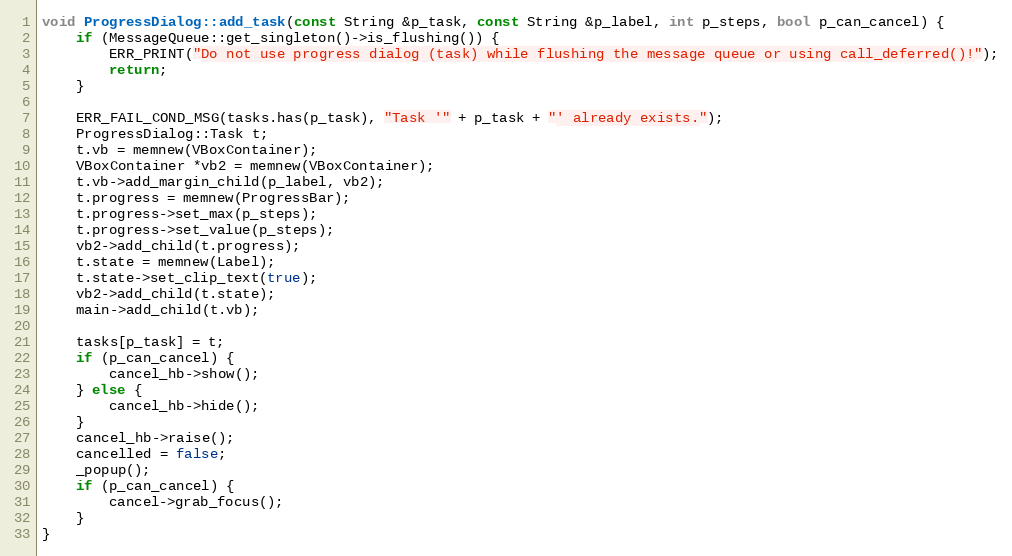
Language: C++
void ProgressDialog::add_task(const String &p_task, const String &p_label, int p_steps, bool p_can_cancel) {
	if (MessageQueue::get_singleton()->is_flushing()) {
		ERR_PRINT("Do not use progress dialog (task) while flushing the message queue or using call_deferred()!");
		return;
	}

	ERR_FAIL_COND_MSG(tasks.has(p_task), "Task '" + p_task + "' already exists.");
	ProgressDialog::Task t;
	t.vb = memnew(VBoxContainer);
	VBoxContainer *vb2 = memnew(VBoxContainer);
	t.vb->add_margin_child(p_label, vb2);
	t.progress = memnew(ProgressBar);
	t.progress->set_max(p_steps);
	t.progress->set_value(p_steps);
	vb2->add_child(t.progress);
	t.state = memnew(Label);
	t.state->set_clip_text(true);
	vb2->add_child(t.state);
	main->add_child(t.vb);

	tasks[p_task] = t;
	if (p_can_cancel) {
		cancel_hb->show();
	} else {
		cancel_hb->hide();
	}
	cancel_hb->raise();
	cancelled = false;
	_popup();
	if (p_can_cancel) {
		cancel->grab_focus();
	}
}